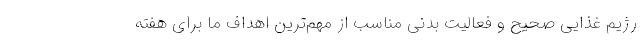
رژیم غذایی صحیح و فعالیت بدنی مناسب از مهم‌ترین اهداف ما برای هفته